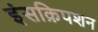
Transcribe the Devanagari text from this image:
इंसक्रिपशन